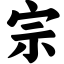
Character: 宗